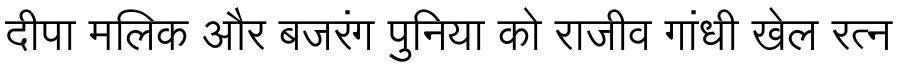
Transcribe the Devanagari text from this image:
दीपा मलिक और बजरंग पुनिया को राजीव गांधी खेल रत्न